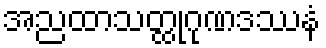
အညထာသတ္ထုဂုဏဒဿနံ